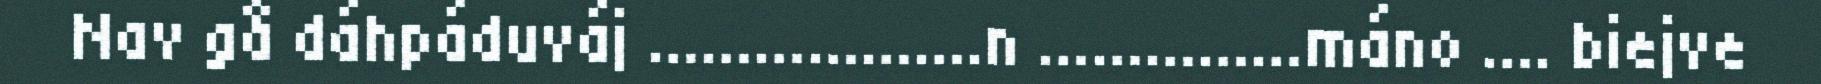
Nav gå dáhpáduváj ……………….n ……………máno …. biejve